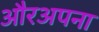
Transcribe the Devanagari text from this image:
औरअपना